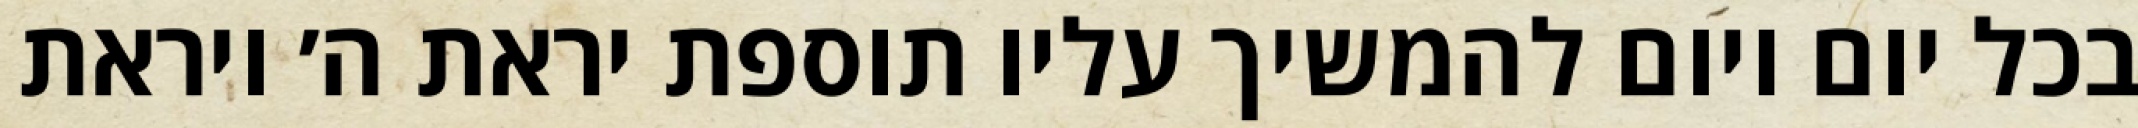
בכל יום ויום להמשיך עליו תוספת יראת ה׳ ויראת